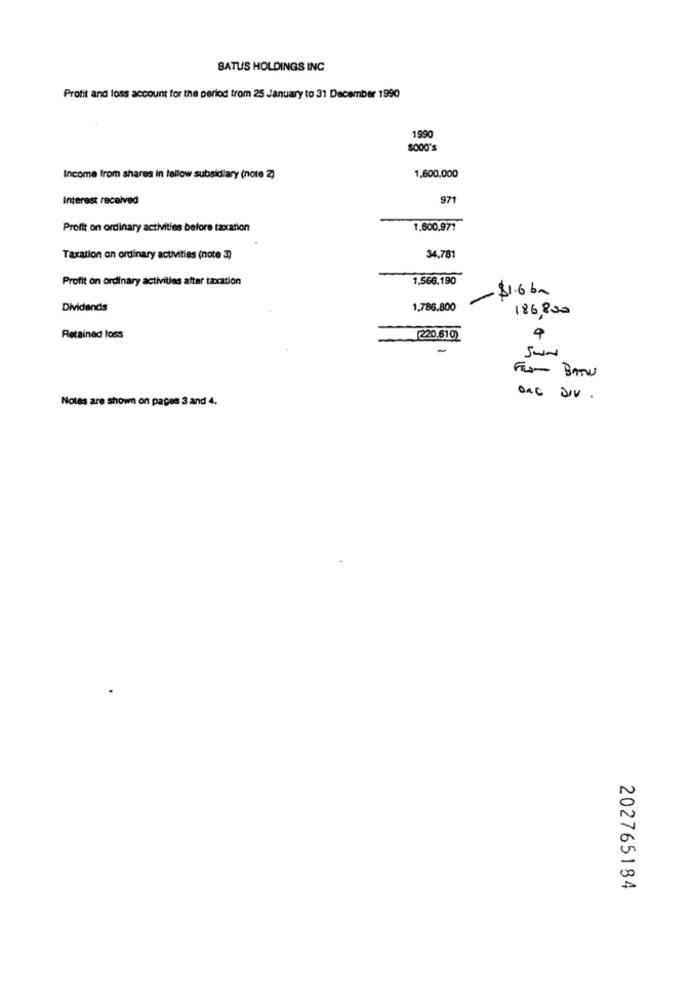
BATUS HOLDINGS INC
Profit and loss account for the period trom 25 January to 31 December 1990
1990
$000's
Income from shares in fellow subsidiary (note 2)
1,600,000
Interest received
971
Profit on ordinary activities before taxation
1.600,971
Taxation on ordinary activities (note 3)
34.781
Profit on ordinary activities after taxation
1.566,190
- $1.6 6m
Dividends
1,786.800
186,800
Retained loss
220.610)
FRO- BATS
Notes are shown on pages 3 and 4.
202765184